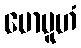
မောမူဟံ